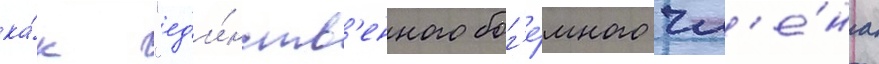
ка́к "ед'и́нств'енного бог'е́много чл'е́на